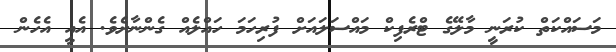
މަސައްކަތް ކުރަނީ މާލޭގެ ޓްރެފިކް މައްސަލައަށް ފުރިހަމަ ހައްލެއް ގެންނާށެވެ. އެއީ އެހެން